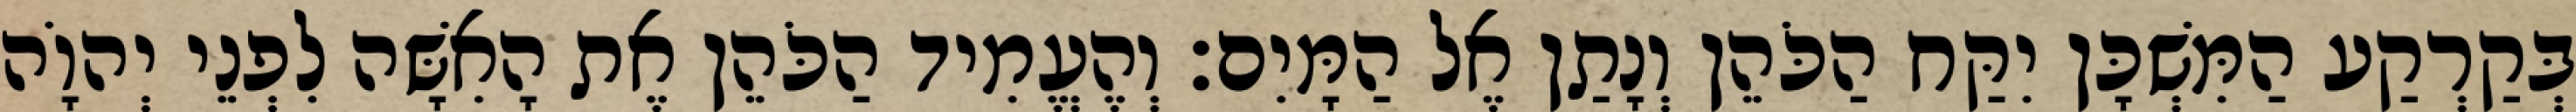
בְּקַרְקַע הַמִּשְׁכָּן יִקַּח הַכֹּהֵן וְנָתַן אֶל הַמָּיִם׃ וְהֶעֱמִיד הַכֹּהֵן אֶת הָאִשָּׁה לִפְנֵי יְהוָֹה